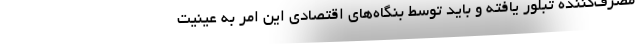
مصرف‌کننده تبلور یافته و باید توسط بنگاه‌های اقتصادی این امر به عینیت